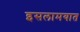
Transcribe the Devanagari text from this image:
इसलामयात